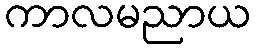
ကာလမညာယ